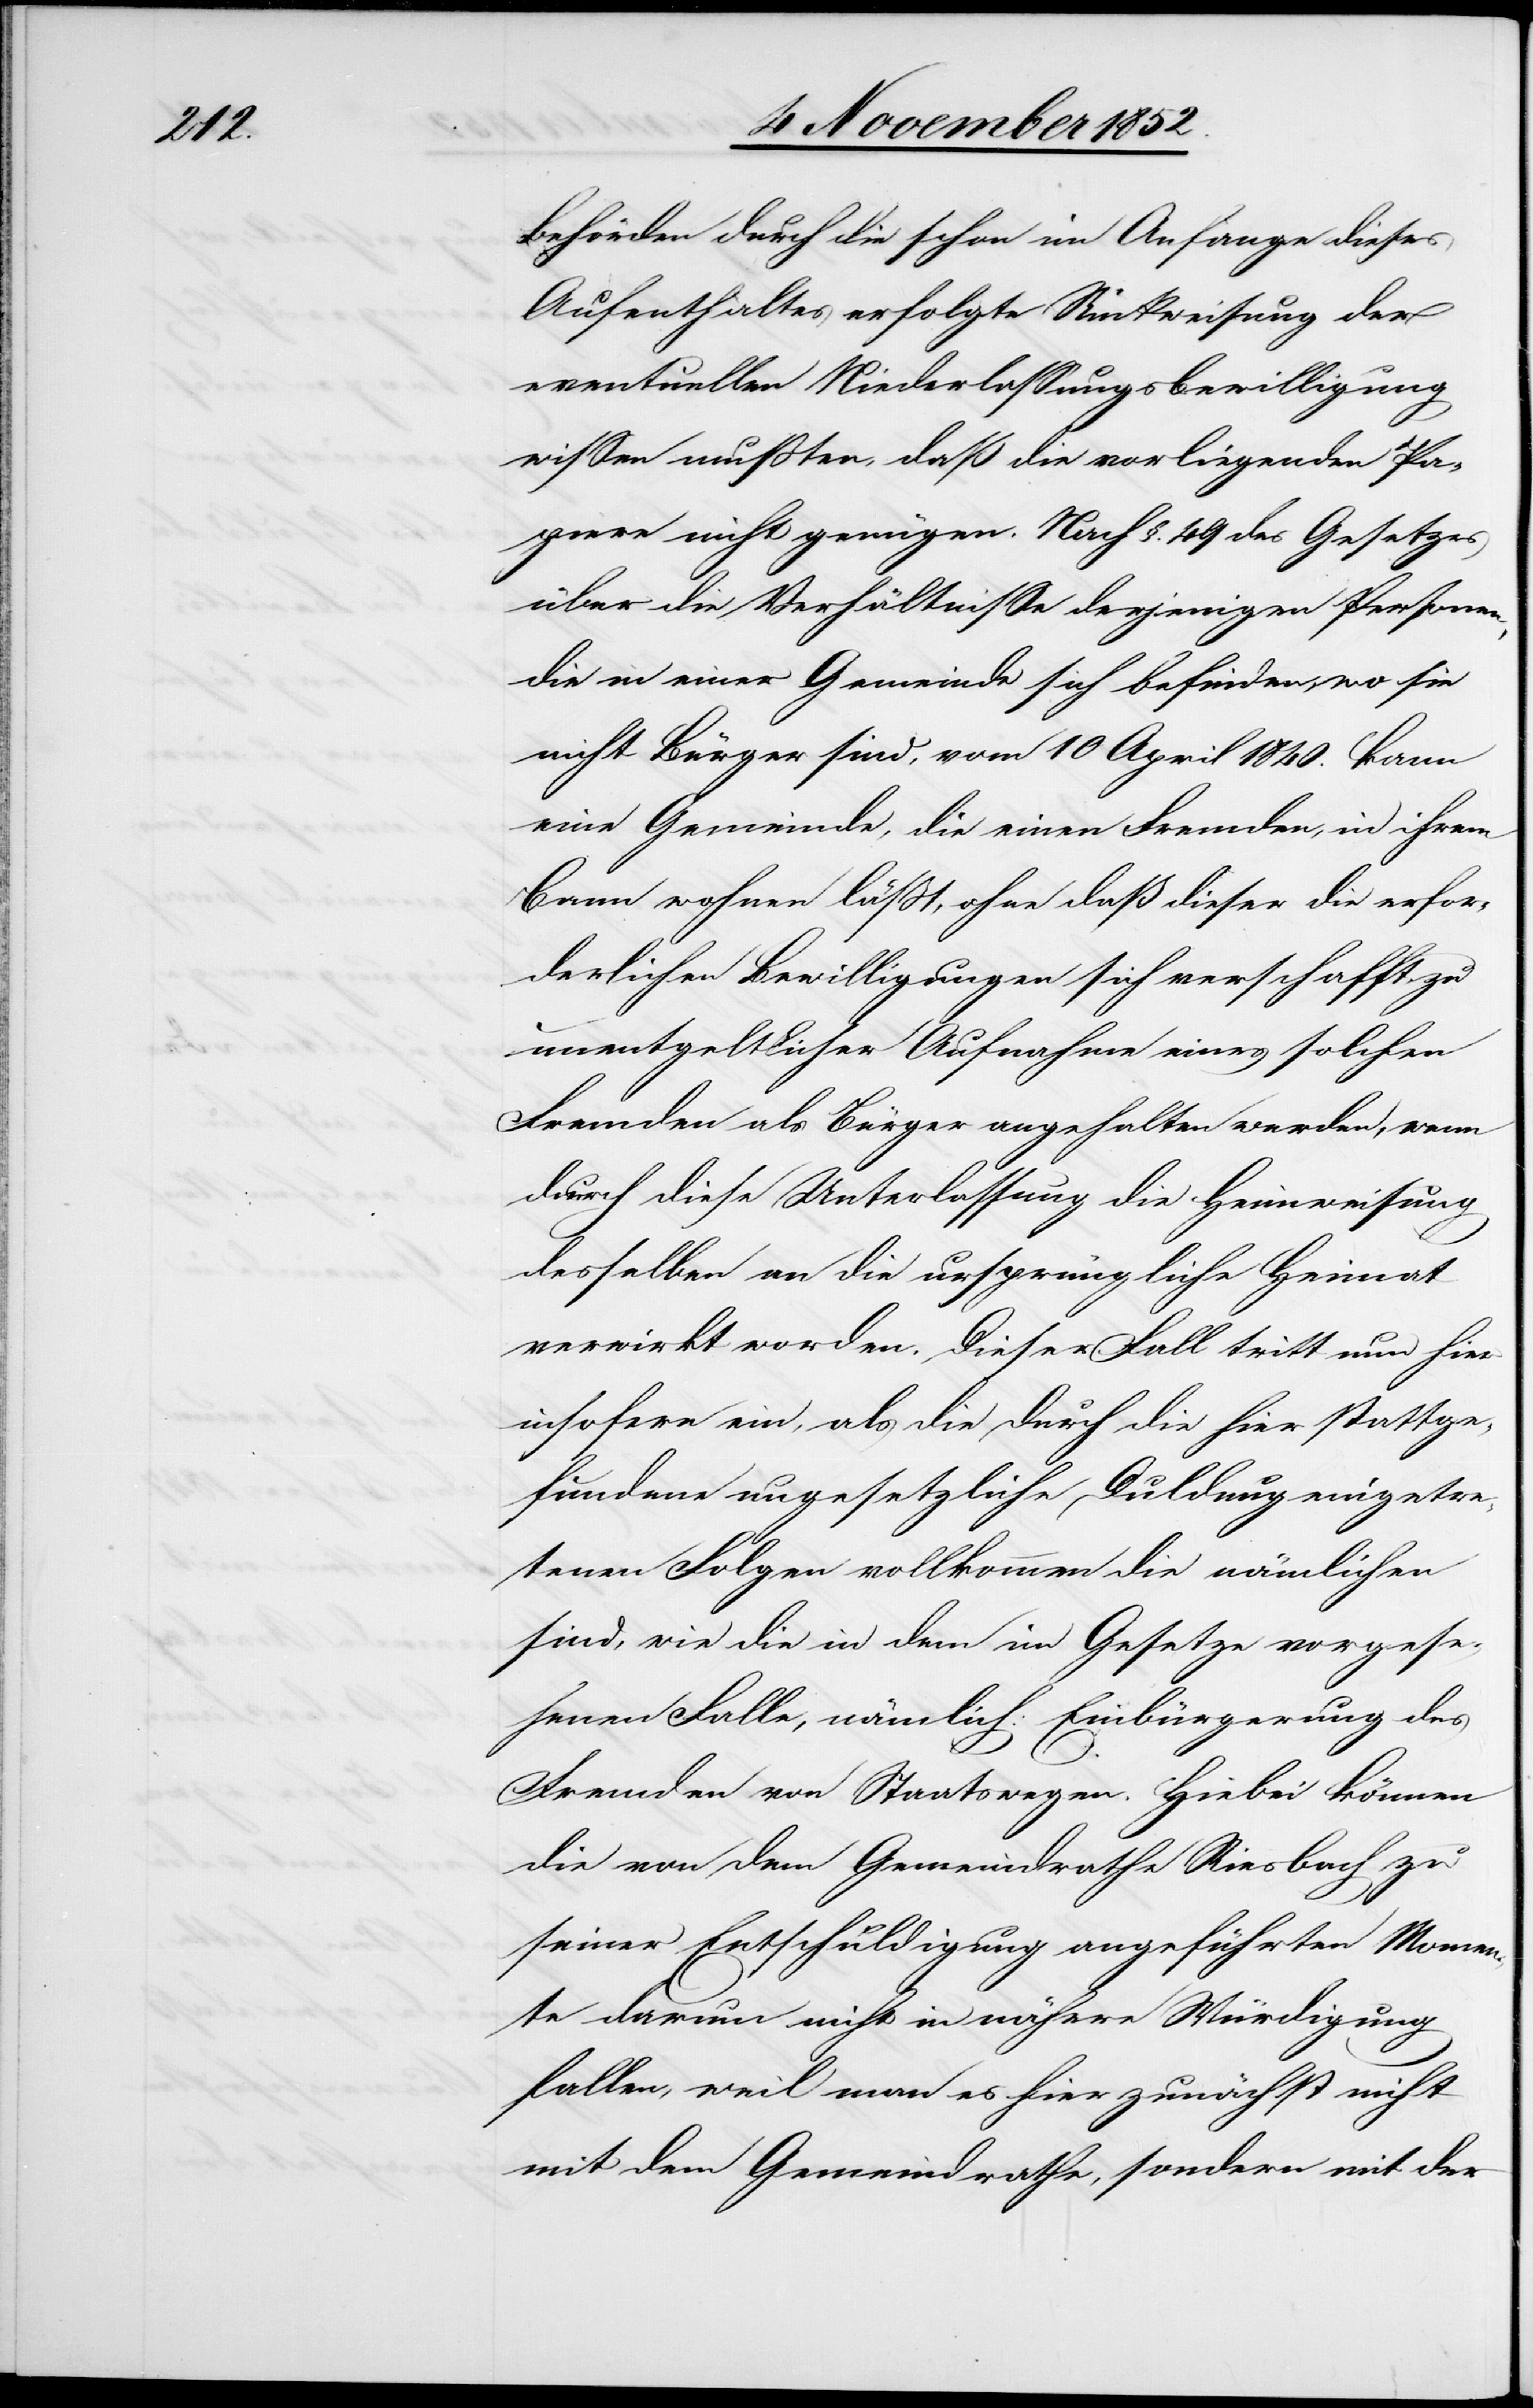
Behörden durch die schon im Anfange dieses
Aufenthaltes erfolgte Rückweisung der
eventuellen Niederlassungsbewilligung
wissen mußten, daß die vorliegenden Pa¬
piere nicht genügen. Nach §. 49 des Gesetzes
über die Verhältnisse derjenigen Personen,
die in einer Gemeinde sich befinden, wo sie
nicht Bürger sind, vom 10 April 1840. kann
eine Gemeinde, die einen Fremden, in ihrem
Bann wohnen läßt, ohne daß dieser die erfor¬
derlichen Bewilligungen sich verschafft zu
unentgeltlicher Aufnahme eines solchen
Fremden als Bürger angehalten werden, wenn
durch diese Unterlassung die Heimweisung
desselben an die ursprüngliche Heimat
verwirkt worden. Dieser Fall tritt nun hier
insofern ein, als die durch die hier stattge¬
fundene ungesetzliche Duldung eingetre¬
tenen Folgen vollkommen die nämlichen
sind, wie die in dem im Gesetze vorgese¬
henen Falle, nämlich: Einbürgerung des
Fremden von Staatswegen. Hiebei können
die von dem Gemeindrathe Riesbach zu
seiner Entschuldigung angeführten Momen¬
te darum nicht in nähere Würdigung
fallen, weil man es hier zunächst nicht
mit dem Gemeindrathe, sondern mit der